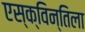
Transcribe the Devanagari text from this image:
एस्क्विन्तिला